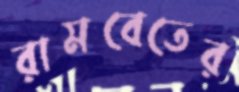
রামবেতের